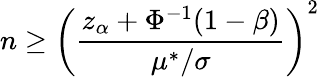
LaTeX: n\geq\left({\frac{z_{\alpha}+\Phi^{-1}(1-\beta)}{\mu^{*}/\sigma}}\right)^{2}